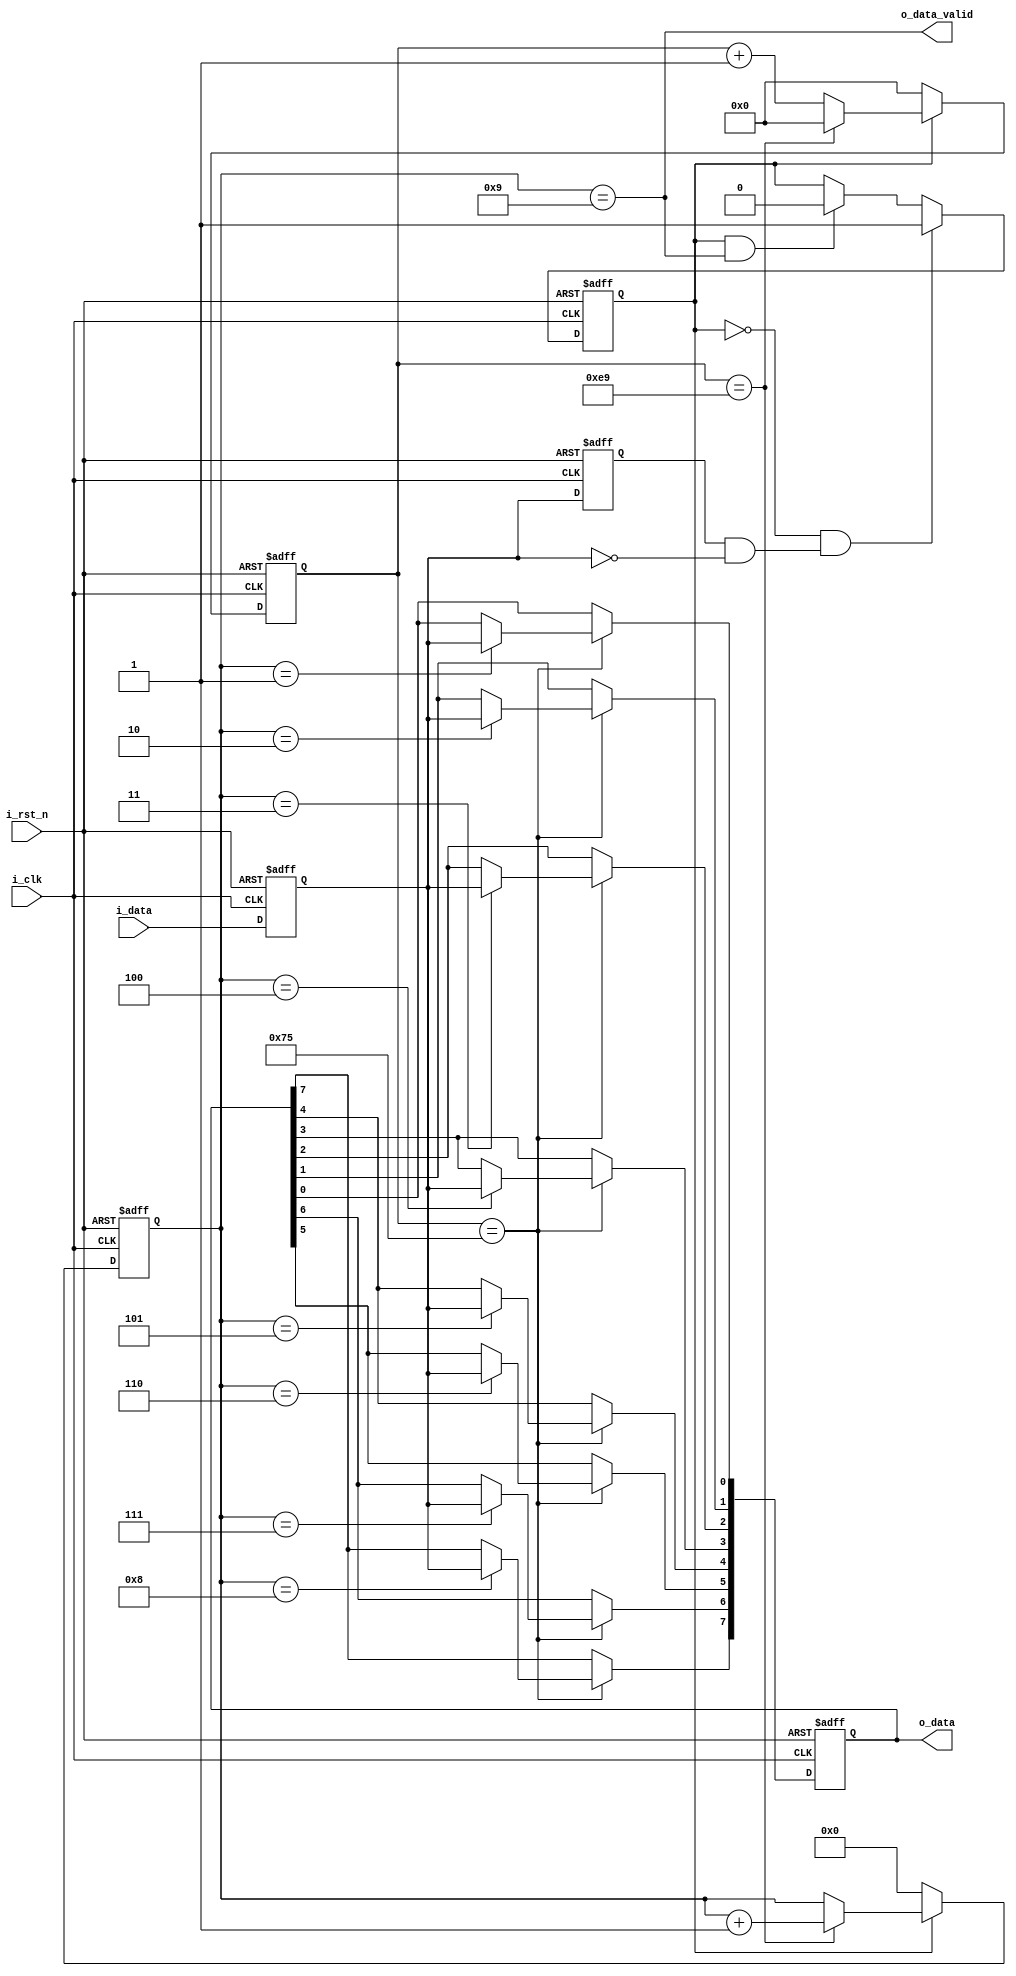
`timescale 1ns / 1ns
//////////////////////////////////////////////////////////////////////////////////
// 
// Design Name: 
// Module Name: uart_rx
// 
//////////////////////////////////////////////////////////////////////////////////
module uart_rx(
    input          i_clk ,
    input          i_rst_n,
    input          i_data,
    output [7:0]   o_data,
    output         o_data_valid    
);

parameter       I_CLK_FREQ   =  27_000_000       ;
parameter       BAUDRATE     =  115200           ;
parameter       COUNTER_LEN  =  12               ;
localparam      COUNT_MAX    =  I_CLK_FREQ / BAUDRATE ;
reg             i_data_d0       ;
reg             i_data_d1       ;
wire            i_data_negedge_valid  ;

reg             start_rx        ; // 
reg [4:0]       bit_index       ;

reg [COUNTER_LEN-1:0]       time_counter              ;
wire                        counter_en                ;
wire                        counter_half_en           ;

reg [7:0]                   o_data_reg                ;
// 
assign i_data_negedge_valid = i_data_d1 & (~i_data_d0);
always @(posedge i_clk or negedge i_rst_n) begin
    if( !i_rst_n ) begin
        i_data_d0 <= 1'b1;
        i_data_d1 <= 1'b1;
    end else begin
        i_data_d0 <= i_data;
        i_data_d1 <= i_data_d0;
    end
end

// 
always @(posedge i_clk or negedge i_rst_n) begin
    if( !i_rst_n ) 
        start_rx <= 1'b0;
    else if(start_rx == 1'b0 && i_data_negedge_valid)
            start_rx <= 1'b1;
    else if(start_rx == 1'b1 && bit_index== 4'd9)
            start_rx <= 1'b0;
    else
        start_rx <= start_rx;
end

assign counter_half_en = (time_counter == (COUNT_MAX >> 1 ));
assign counter_en = (time_counter == COUNT_MAX-1);
// 
always @(posedge i_clk or negedge i_rst_n) begin
    if( !i_rst_n )
        time_counter <= {COUNTER_LEN{1'b0}};
    else if(start_rx) 
        if(time_counter == COUNT_MAX-1) 
            time_counter <= {COUNTER_LEN{1'b0}};
        else
            time_counter <= time_counter+1'b1;
    else
        time_counter <= {COUNTER_LEN{1'b0}};
end
// bit_index 
always @(posedge i_clk or negedge i_rst_n) begin
    if( !i_rst_n ) 
        bit_index <= 4'b0;
    else if(start_rx) 
        if(counter_en)
            bit_index <= bit_index + 4'b1;
        else
            bit_index <= bit_index;
    else
        bit_index <= 4'b0;
end

//
always @(posedge i_clk or negedge i_rst_n) begin
    if( !i_rst_n ) 
        o_data_reg <= 7'b0;
    else if( counter_half_en )
    case ( bit_index )
        4'd1:
            o_data_reg[0] <= i_data_d0;
        4'd2:
            o_data_reg[1] <= i_data_d0;
        4'd3:
            o_data_reg[2] <= i_data_d0;
        4'd4:
            o_data_reg[3] <= i_data_d0;
        4'd5:
            o_data_reg[4] <= i_data_d0;
        4'd6:
            o_data_reg[5] <= i_data_d0;
        4'd7:
            o_data_reg[6] <= i_data_d0;
        4'd8:
            o_data_reg[7] <= i_data_d0;
        default:
            o_data_reg <= o_data_reg;
    endcase
    else
        o_data_reg <= o_data_reg;
end

assign o_data_valid = (bit_index== 4'd9);
assign o_data  = o_data_reg;

endmodule